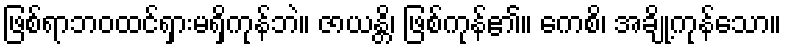
ဖြစ်ရာဘဝထင်ရှားမရှိကုန်ဘဲ။ ဇာယန္တိ၊ ဖြစ်ကုန်၏။ ကေစိ၊ အချို့ကုန်သော။